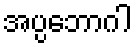
အပ္ပဘောဂါ